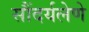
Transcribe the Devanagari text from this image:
सौंदर्यलेणे